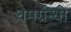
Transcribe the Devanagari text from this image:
धमर्ग्रन्थों